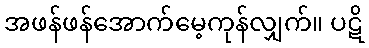
အဖန်ဖန်အောက်မေ့ကုန်လျှက်။ ပဋိ